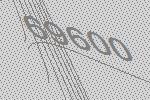
69600